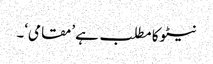
نیٹو کا مطلب ہے ’مقامی‘۔